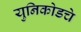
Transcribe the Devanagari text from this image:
युनिकोडचे